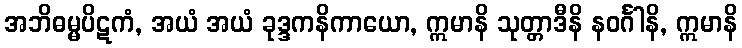
အဘိဓမ္မပိဋကံ, အယံ အယံ ခုဒ္ဒကနိကာယော, ဣမာနိ သုတ္တာဒီနိ နဝင်္ဂါနိ, ဣမာနိ